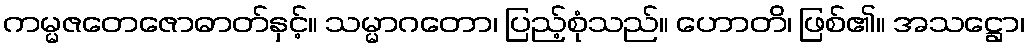
ကမ္မဇတေဇောဓာတ်နှင့်။ သမ္မာဂတော၊ ပြည့်စုံသည်။ ဟောတိ၊ ဖြစ်၏။ အသဋ္ဌော၊